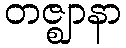
တဇ္ဈာနာ